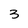
Character: 3